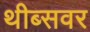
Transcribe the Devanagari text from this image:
थीब्सवर